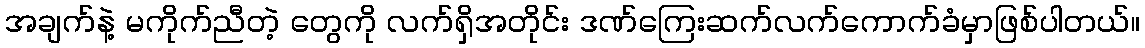
အချက်နဲ့ မကိုက်ညီတဲ့ တွေကို လက်ရှိအတိုင်း ဒဏ်ကြေးဆက်လက်ကောက်ခံမှာဖြစ်ပါတယ်။